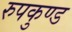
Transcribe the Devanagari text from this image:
रुपकुण्ड